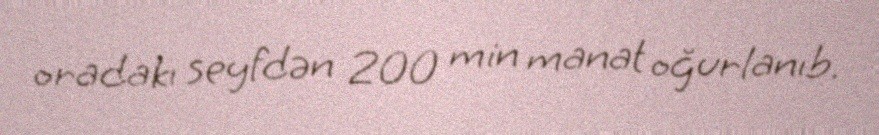
oradakı seyfdən 200 min manat oğurlanıb.